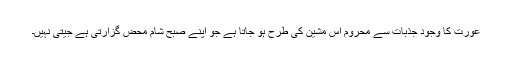
عورت کا وجود جذبات سے محروم اس مشین کی طرح ہو جاتا ہے جو اپنے صبح شام محض گزارتی ہے جیتی نہیں۔